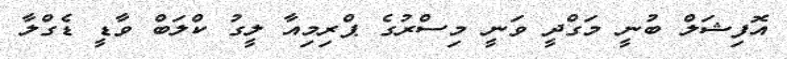
އޮފިޝަލް ބުނީ މަގްދީ ވަނީ މިސްރުގެ ޕްރިމިއާ ލީގު ކްލަބް ވާޑީ ޑެގްލާ